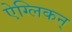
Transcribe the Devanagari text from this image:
ऐग्लिकन्